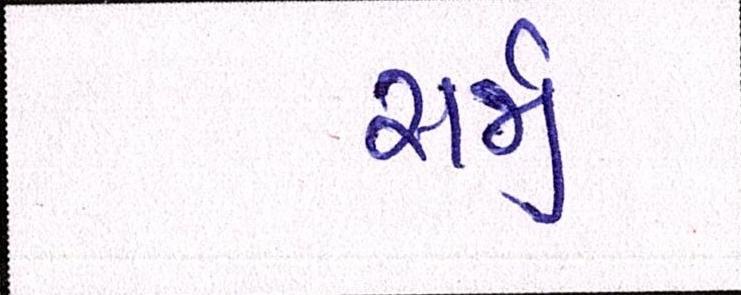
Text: સર્જી